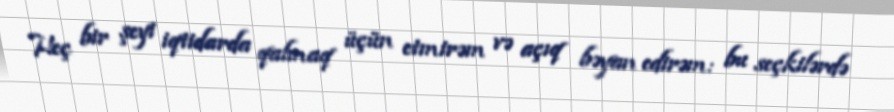
Heç bir şeyi iqtidarda qalmaq üçün etmirəm və açıq bəyan edirəm: bu seçkilərdə